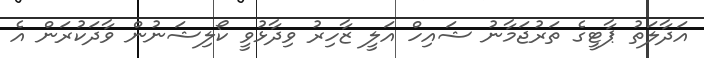
އަދާލަތު ޕާޓީގެ ތަރުޖަމާނު ޝައިހް އަލީ ޒާހިރު ވިދާޅުވީ ކޯލިޝަނުން ވާދަކުރަން އެ